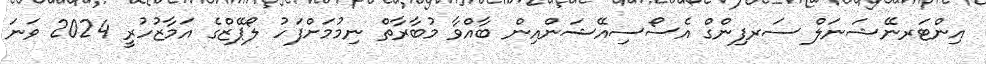
އިންޓަރނޭޝަނަލް ސަރފިންގް އެސޯސިއޭޝަންއިން ބާއްވާ މުބާރާތް ނިމުމަށްފަހު ލޯޕޭޒްގެ އަމާޒުހުރީ 2024 ވަނަ